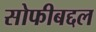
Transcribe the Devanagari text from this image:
सोफीबद्दल